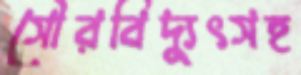
সৌরবিদ্যুৎসহ